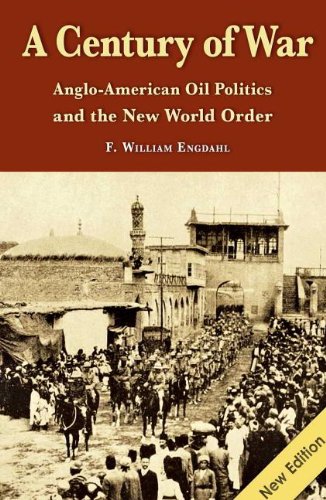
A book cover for A Century of War: Anglo-American Oil Politics and the New World Order; F. William Engdahl; Business & Money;